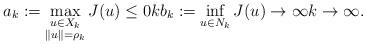
LaTeX: \begin{align*}a_{k}:= \max_{\substack{u\in X_k \\ \|u\|=\rho_k}}J(u) \le 0 k b_k := \inf_{u\in N_k} J(u) \to\infty k\to\infty.\end{align*}